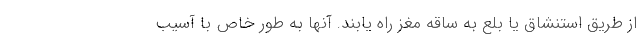
از طریق استنشاق یا بلع به ساقه مغز راه یابند. آنها به طور خاص با آسیب